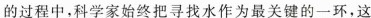
的过程中，科学家始终把寻找水作为最关键的一环，这